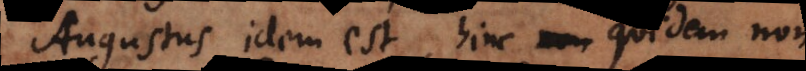
Augustus idem est, hinc quidem non